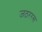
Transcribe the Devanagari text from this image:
जठररस